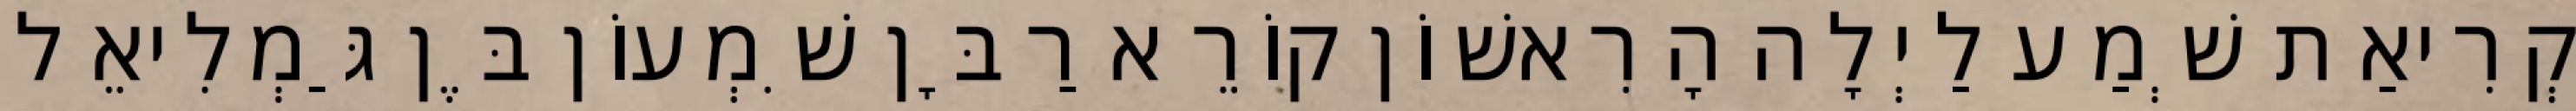
קְרִיאַת שְׁמַע לַיְלָה הָרִאשׁוֹן קוֹרֵא רַבָּן שִׁמְעוֹן בֶּן גַּמְלִיאֵל